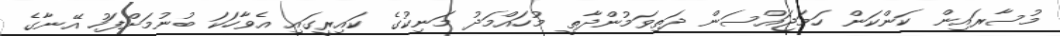
މުސާރައިން ކަންކަން ހަމަޖައްސަން ދަތިވަމުންދާތީ މުހައްމަދު މަނިކުގެ ކައިރީގައި އެވާހަކަ ބުނުމަށްފަހު އޭނާގެ